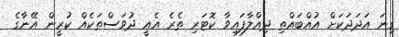
ގިނަ އަދަދަކަށް އުއްބައްތި ދިއްލާފައިވާ ކޮޓަރި ތެރެ އެއީ ދުވަސްތަކެއް ކުރީން އޭނާގެ